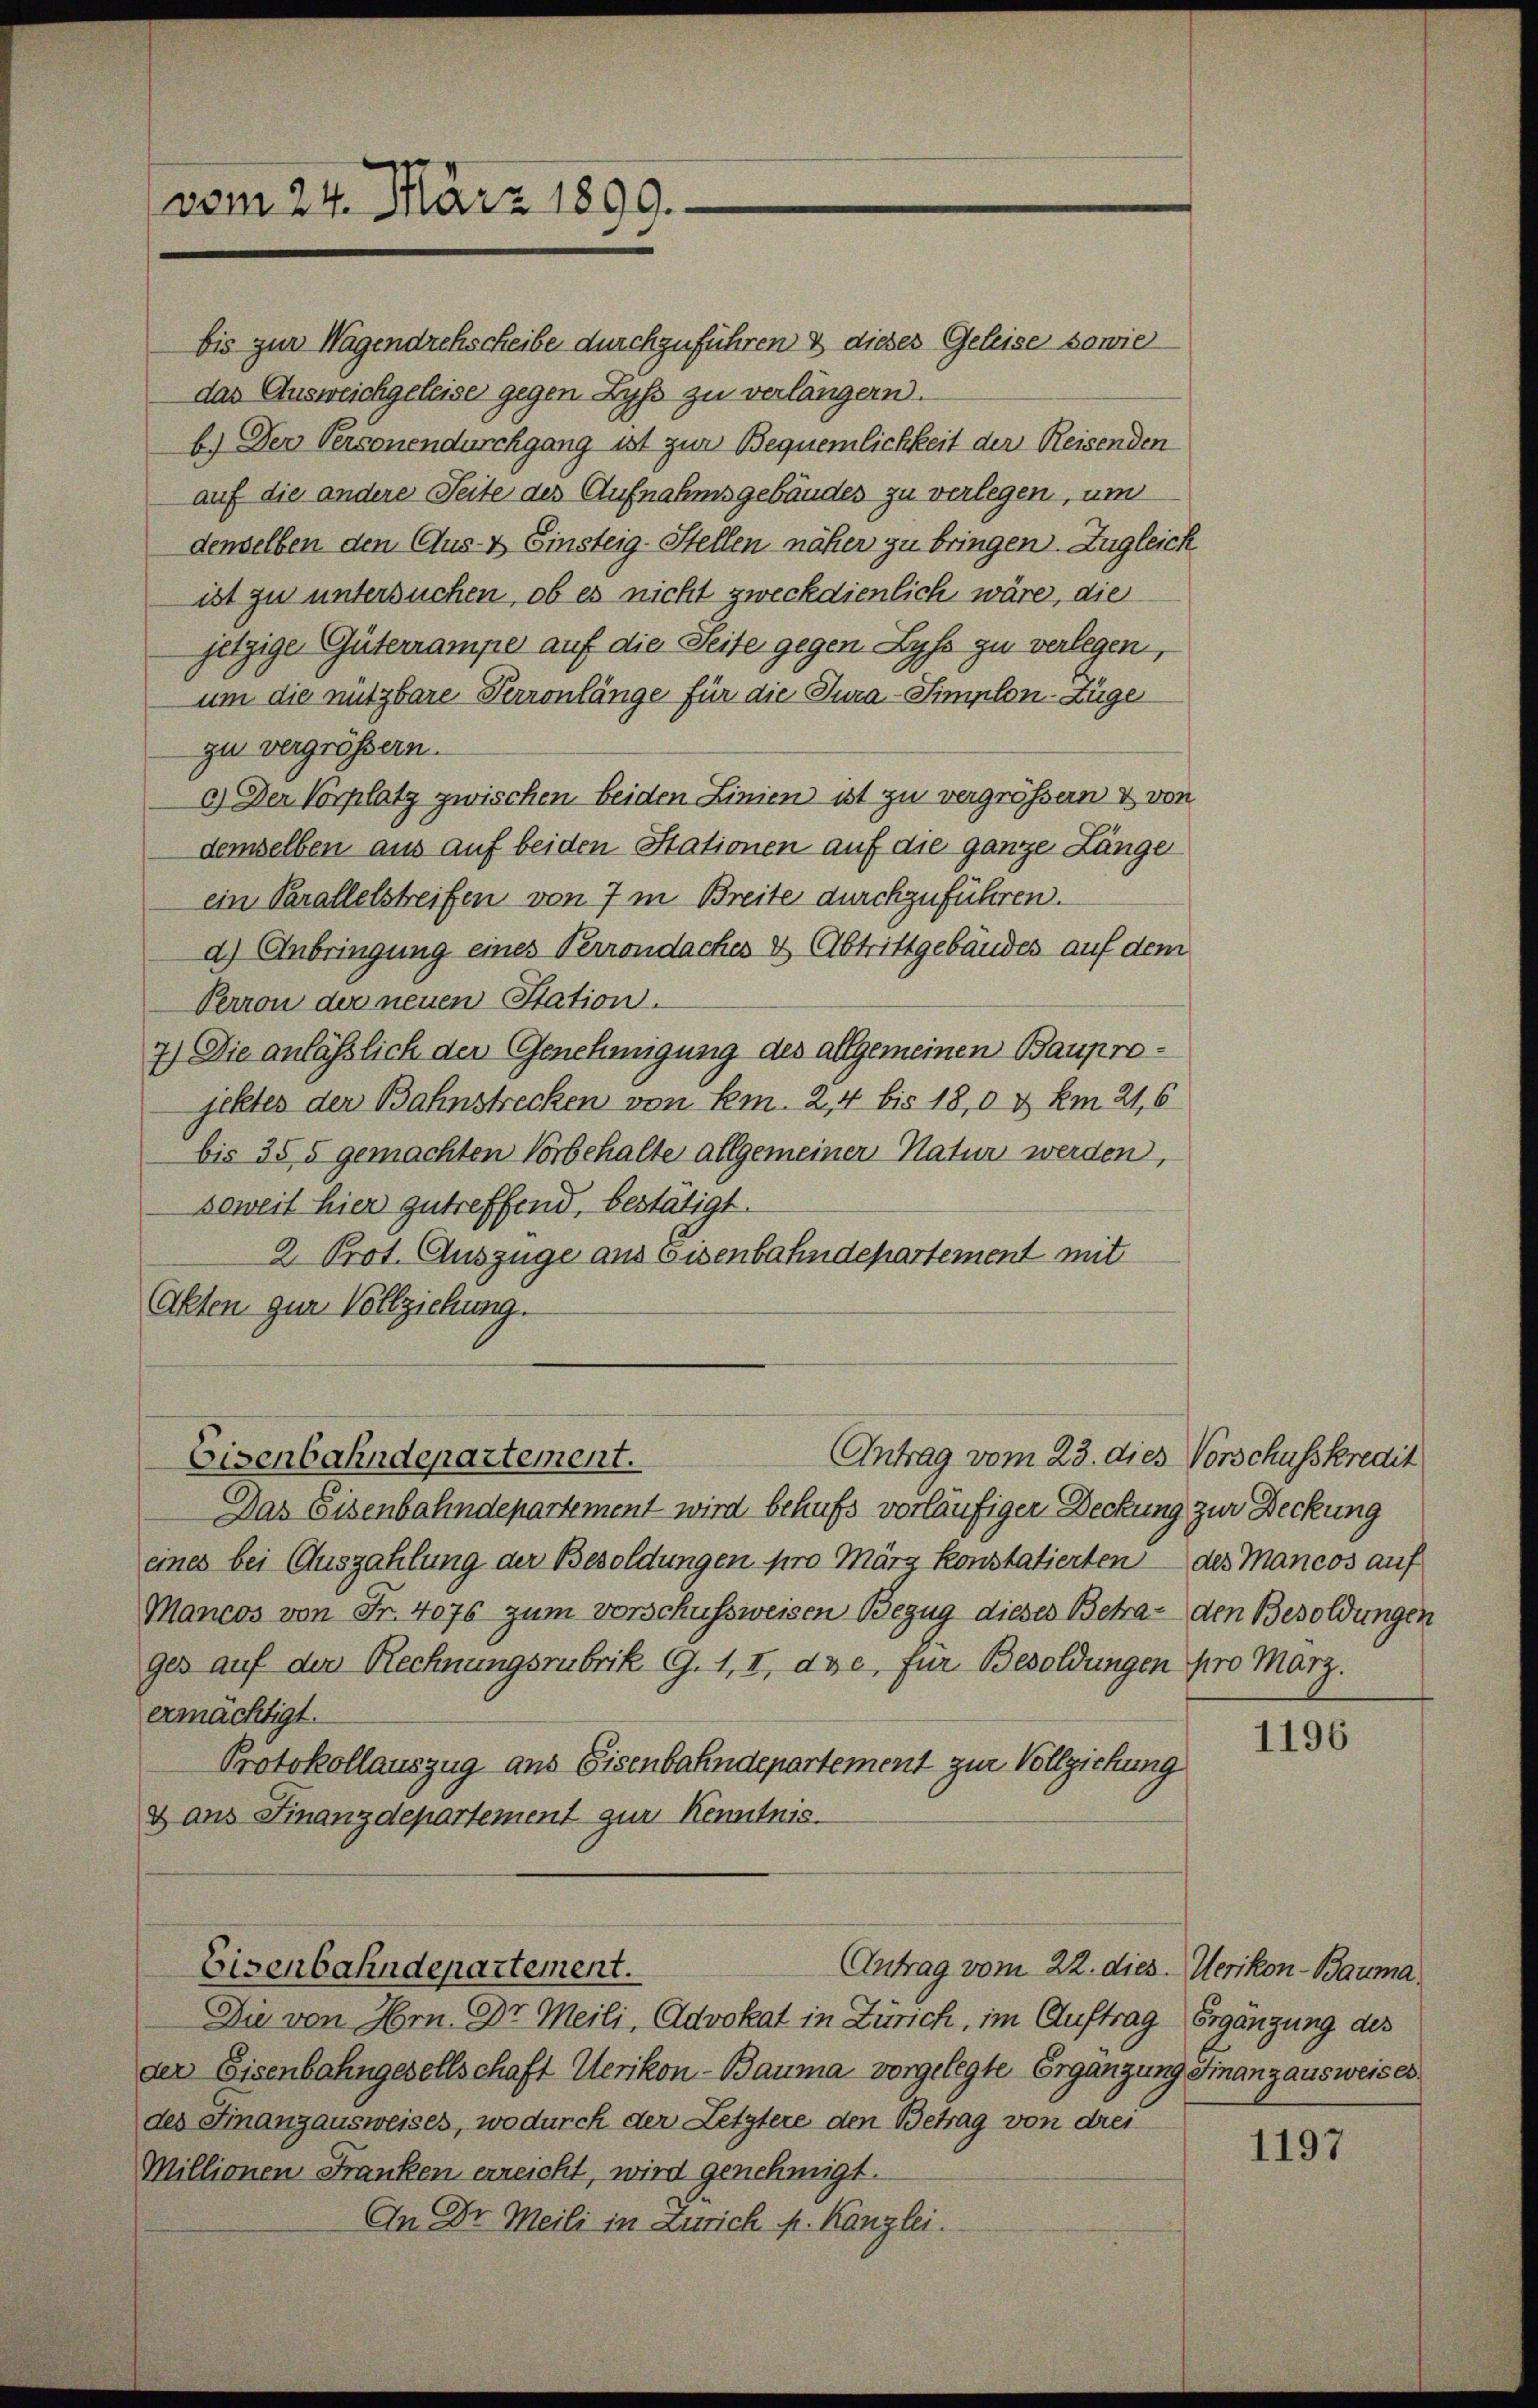
(vom 24. März 1899.

bis zur Wagendrehscheibe durchzuführen & dieses Geleise sowie
das Ausweichgeleiser gegen Lyss zu verlängern.
b.) Der Personendurchgang ist zur Bequemlichkeit der Reisenden
auf die andere Seite des Aufnahmsgebäudes zu verlegen, um
denselben den Aus- & Einsteig-Stellen näher zu bringen. Zugleich
ist zu untersuchen, ob es nicht zweckdienlich wäre, die
jetzige Güternampe auf die Seite gegen Lyss zu verlegen,
um die nützbare Perronlänge für die Jura-Simplon-Züge
zu vergrößern.
c.) Der Vorplatz zwischen beiden Linien ist zu vergrößern & von
demselben aus auf beiden Stationen auf die ganze Länge
ein Parallelstreifen von 7 in Breite durchzuführen.
d.) Anbringung eines Terrondaches & Abtrittgebäudes auf dem
Perron der neuen Station.
7) Die anläßlich der Genehmigung des allgemeinen Bauprojektes der Bahnstrecken von km. 2,4 bis 18,0 & km 21.6
bis 355 gemachten Vorbehalte allgemeiner Natur werden,
Soweit hier zutreffend, bestätigt.
2 Prot. Auszüge aus Eisenbahndepartement mit
Akten zur Vollziehung.
Antrag vom 23. dies Vorschusskredit
Eisenbahndepartement.
Das Eisenbahndepartement wird behufs vorläufiger Deckung zur Deckung
eines bei Auszahlung der Besoldungen pro März konstatierten des Mancos auf
Mancos von Fr. 4076 zum Vorschussweisen Bezug dieses Betra- den Besoldungen
ges auf der Rechnungsrubrik G. 1, II, dse, für Besoldungen pro Marz.
ermächtigt.
Protokollauszug aus Eisenbahndepartement zur Vollziehung
& aus Finanzdepartement zur Kenntnis.
Antrag vom 22. dies. Werikon - Bauma,
Eisenbahndepartement.
Die von Hrn. Dr. Meili, Advokat in Zürich, im Auftrag Ergänzung des
der Eisenbahngesellschaft Uerikon-Bauma vorgelegte Ergänzung Finanzausweises
des Finanzausweises, wo durch der Letztere den Betrag von drei
Millionen Franken erreicht, wird genehmigt.
An Dr. Meili in Zürich p. Kanzlei.

1196

1197